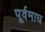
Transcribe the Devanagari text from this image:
पूर्वमाघ